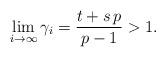
LaTeX: \begin{align*}\lim_{i\to\infty} \gamma_i=\frac{t+s\,p}{p-1}>1.\end{align*}